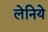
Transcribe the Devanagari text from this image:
लेनिये